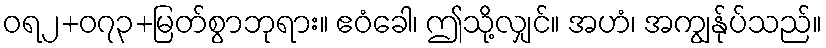
ဝရ၂+၀၇၃+မြတ်စွာဘုရား။ ဧဝံခေါ၊ ဤသို့လျှင်။ အဟံ၊ အကျွန်ုပ်သည်။